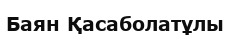
Баян Қасаболатұлы